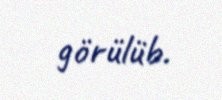
görülüb.